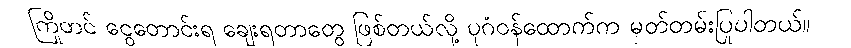
ကြိုတင် ငွေတောင်းရ ချေးရတာတွေ ဖြစ်တယ်လို့ ပုဂံဝန်ထောက်က မှတ်တမ်းပြုပါတယ်။